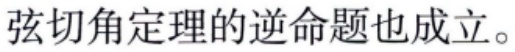
弦切角定理的逆命题也成立。